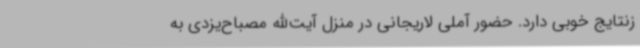
زنتایج خوبی دارد. حضور آملی لاریجانی در منزل آیت‌الله مصباح‌یزدی به